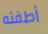
أطفئه